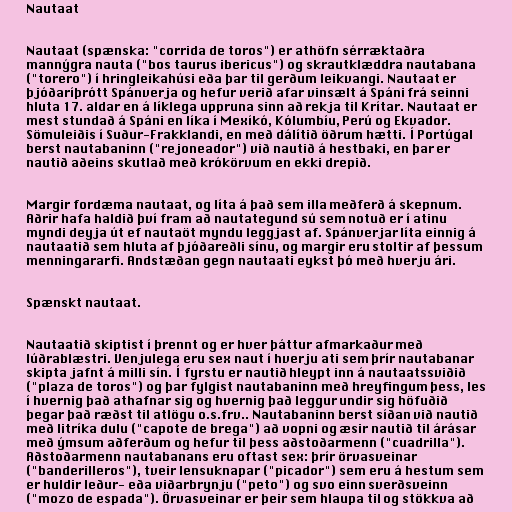
Nautaat

Nautaat (spænska: "corrida de toros") er athöfn sérræktaðra
mannýgra nauta ("bos taurus ibericus") og skrautklæddra nautabana
("torero") í hringleikahúsi eða þar til gerðum leikvangi. Nautaat er
þjóðaríþrótt Spánverja og hefur verið afar vinsælt á Spáni frá seinni
hluta 17. aldar en á líklega uppruna sinn að rekja til Krítar. Nautaat er
mest stundað á Spáni en líka í Mexíkó, Kólumbíu, Perú og Ekvador.
Sömuleiðis í Suður-Frakklandi, en með dálítið öðrum hætti. Í Portúgal
berst nautabaninn ("rejoneador") við nautið á hestbaki, en þar er
nautið aðeins skutlað með krókörvum en ekki drepið.

Margir fordæma nautaat, og líta á það sem illa meðferð á skepnum.
Aðrir hafa haldið því fram að nautategund sú sem notuð er í atinu
myndi deyja út ef nautaöt myndu leggjast af. Spánverjar líta einnig á
nautaatið sem hluta af þjóðareðli sínu, og margir eru stoltir af þessum
menningararfi. Andstæðan gegn nautaati eykst þó með hverju ári.

Spænskt nautaat.

Nautaatið skiptist í þrennt og er hver þáttur afmarkaður með
lúðrablæstri. Venjulega eru sex naut í hverju ati sem þrír nautabanar
skipta jafnt á milli sín. Í fyrstu er nautið hleypt inn á nautaatssviðið
("plaza de toros") og þar fylgist nautabaninn með hreyfingum þess, les
í hvernig það athafnar sig og hvernig það leggur undir sig höfuðið
þegar það ræðst til atlögu o.s.frv.. Nautabaninn berst síðan við nautið
með litríka dulu ("capote de brega") að vopni og æsir nautið til árásar
með ýmsum aðferðum og hefur til þess aðstoðarmenn ("cuadrilla").
Aðstoðarmenn nautabanans eru oftast sex: þrír örvasveinar
("banderilleros"), tveir lensuknapar ("picador") sem eru á hestum sem
er huldir leður- eða viðarbrynju ("peto") og svo einn sverðsveinn
("mozo de espada"). Örvasveinar er þeir sem hlaupa til og stökkva að